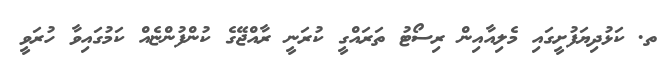
ތ. ކަޅުދިޔަފުށީގައި މެލިއާއިން ރިސޯޓު ތަރައްގީ ކުރަނީ ރާއްޖޭގެ ކުންފުންޏެއް ކަމުގައިވާ ހުރަވީ